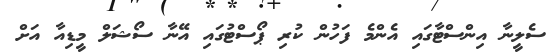
ސެލީނާ އިންސްޓާގައި އެންމެ ފަހުން ކުރި ޕޯސްޓުގައި އޭނާ ސޯޝަލް މީޑިއާ އަށް